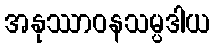
အနုဿာဝနသမ္ပဒါယ